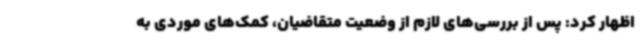
اظهار کرد: پس از بررسی‌های لازم از وضعیت متقاضیان، کمک‌های موردی به